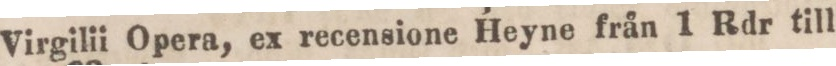
Virgilii Opera, ex recensione Heyne från 1 Rdr till